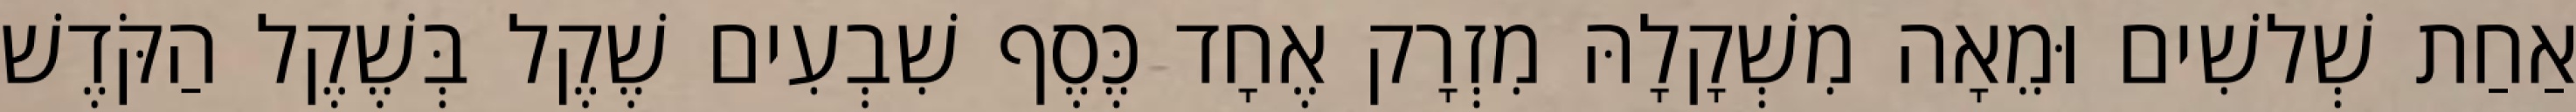
אַחַת שְׁלשִׁים וּמֵאָה מִשְׁקָלָהּ מִזְרָק אֶחָד כֶּסֶף שִׁבְעִים שֶׁקֶל בְּשֶׁקֶל הַקֹּדֶשׁ